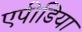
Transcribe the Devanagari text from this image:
एपीडिया